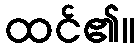
ထင်၏။